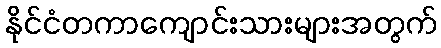
နိုင်ငံတကာကျောင်းသားများအတွက်